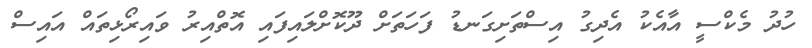
ހުދު މެކްސީ އާއެކު އެދިގު އިސްތަށިގަނޑު ފަހަތަށް ދޫކޮށްލައިފައި އޮތްއިރު ވައިރޯޅިތައް އައިސް